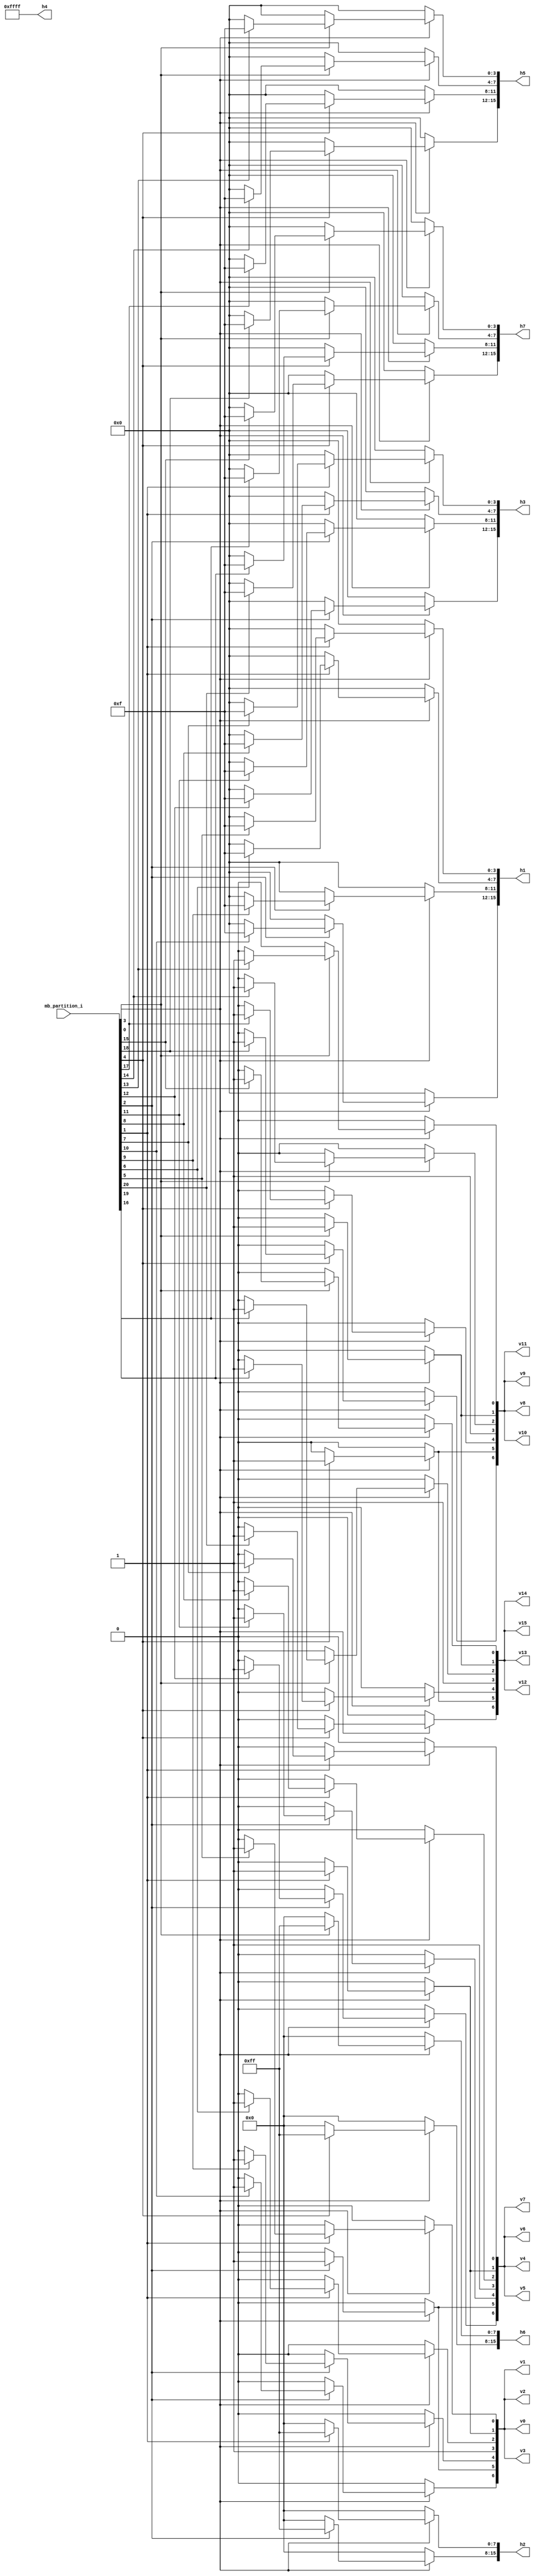
//----------------------------------------------------------------------------
//                                                                 
//  COPYRIGHT (C) 2011, VIPcore Group, Fudan University
//                                                                  
//  THIS FILE MAY NOT BE MODIFIED OR REDISTRIBUTED WITHOUT THE      
//  EXPRESSED WRITTEN CONSENT OF VIPcore Group
//                                                                  
//  VIPcore       : http://soc.fudan.edu.cn/vip    
//  IP Owner 	  : Yibo FAN
//  Contact       : fanyibo@fudan.edu.cn             
//----------------------------------------------------------------------------
// Description    : cacl the tu edge of the luma lcu,because tu is sqare 
//----------------------------------------------------------------------------
module db_tu_edge(
				mb_partition_i,
				v0,v1,v2 ,v3 ,v4 ,v5 ,v6 ,v7 ,
				v8,v9,v10,v11,v12,v13,v14,v15,
				
				h1,h2,h3,h4,h5,h6,h7
);
// ********************************************
//                                             
//    INPUT / OUTPUT DECLARATION               
//                                             
// ********************************************
input 	[20:0]		mb_partition_i				 ;// CU partition mode,0:not split , 1:split

output  [6:0]       v0,v1,v2 ,v3 ,v4 ,v5 ,v6 ,v7 ;
output  [6:0]		v8,v9,v10,v11,v12,v13,v14,v15;

output  [15:0]      h1,h2,h3,h4,h5,h6,h7		 ;
				   
reg     [6:0]       v0,v1,v2 ,v3 ,v4 ,v5 ,v6 ,v7 ;
reg     [6:0]		v8,v9,v10,v11,v12,v13,v14,v15;

reg     [15:0]      h1,h2,h3,h4,h5,h6,h7		 ;

//8x8 tu edge :v1 v3 v5 v7 h1 h3 h5 h7
//[3:0]
always @* begin		
	if(!mb_partition_i[0])	begin		//64x64		
		v0[0]		=	1'b0	;
	    v1[0]		=	1'b0	;
		v2[0]		=	1'b0	;
		v3[0]		=	1'b0	;
	end
    else if(!mb_partition_i[1])	begin  	//32x32		
		v0[0]		=	1'b0	;
	    v1[0]		=	1'b0	;
		v2[0]		=	1'b0	;
		v3[0]		=	1'b0	;
	end
    else if(!mb_partition_i[5]) begin	//16x16
		v0[0]		=	1'b0	;
	    v1[0]		=	1'b0	;
		v2[0]		=	1'b0	;
		v3[0]		=	1'b0	;
	end
	else  					    begin	 //8x8	
		v0[0]		=	1'b1	;
	    v1[0]		=	1'b1	;
		v2[0]		=	1'b1	;
		v3[0]		=	1'b1	;
    end		
end									

always @* begin		
	if(!mb_partition_i[0])	begin		//64x64		
		v0[2]		=	1'b0	;
	    v1[2]		=	1'b0	;
		v2[2]		=	1'b0	;
		v3[2]		=	1'b0	;
	end
    else if(!mb_partition_i[1])	begin  	//32x32		
		v0[2]		=	1'b0	;
	    v1[2]		=	1'b0	;
		v2[2]		=	1'b0	;
		v3[2]		=	1'b0	;
	end
    else if(!mb_partition_i[6]) begin	//16x16
		v0[2]		=	1'b0	;
	    v1[2]		=	1'b0	;
		v2[2]		=	1'b0	;
		v3[2]		=	1'b0	;
	end
	else  					    begin	 //8x8	
		v0[2]		=	1'b1	;
	    v1[2]		=	1'b1	;
		v2[2]		=	1'b1	;
		v3[2]		=	1'b1	;
    end		
end			
			
always @* begin		
	if(!mb_partition_i[0])	begin		//64x64		
		v0[4]		=	1'b0	;
	    v1[4]		=	1'b0	;
		v2[4]		=	1'b0	;
		v3[4]		=	1'b0	;
	end
    else if(!mb_partition_i[2])	begin  	//32x32		
		v0[4]		=	1'b0	;
	    v1[4]		=	1'b0	;
		v2[4]		=	1'b0	;
		v3[4]		=	1'b0	;
	end
    else if(!mb_partition_i[9]) begin	//16x16
		v0[4]		=	1'b0	;
	    v1[4]		=	1'b0	;
		v2[4]		=	1'b0	;
		v3[4]		=	1'b0	;
	end
	else  					    begin	 //8x8	
		v0[4]		=	1'b1	;
	    v1[4]		=	1'b1	;
		v2[4]		=	1'b1	;
		v3[4]		=	1'b1	;
    end		
end				
		
always @* begin		
	if(!mb_partition_i[0])	begin		//64x64		
		v0[6]		=	1'b0	;
	    v1[6]		=	1'b0	;
		v2[6]		=	1'b0	;
		v3[6]		=	1'b0	;
	end
    else if(!mb_partition_i[2])	begin  	//32x32		
		v0[6]		=	1'b0	;
	    v1[6]		=	1'b0	;
		v2[6]		=	1'b0	;
		v3[6]		=	1'b0	;
	end
    else if(!mb_partition_i[10]) begin	//16x16
		v0[6]		=	1'b0	;
	    v1[6]		=	1'b0	;
		v2[6]		=	1'b0	;
		v3[6]		=	1'b0	;
	end
	else  					    begin	 //8x8	
		v0[6]		=	1'b1	;
	    v1[6]		=	1'b1	;
		v2[6]		=	1'b1	;
		v3[6]		=	1'b1	;
    end		
end				
//[7:4]
always @* begin		
	if(!mb_partition_i[0])	begin		//64x64		
		v4[0]		=	1'b0	;
	    v5[0]		=	1'b0	;
		v6[0]		=	1'b0	;
		v7[0]		=	1'b0	;
	end
    else if(!mb_partition_i[1])	begin  	//32x32		
		v4[0]		=	1'b0	;
	    v5[0]		=	1'b0	;
		v6[0]		=	1'b0	;
		v7[0]		=	1'b0	;
	end
    else if(!mb_partition_i[7]) begin	//16x16
		v4[0]		=	1'b0	;
	    v5[0]		=	1'b0	;
		v6[0]		=	1'b0	;
		v7[0]		=	1'b0	;
	end
	else  					    begin	 //8x8	
		v4[0]		=	1'b1	;
	    v5[0]		=	1'b1	;
		v6[0]		=	1'b1	;
		v7[0]		=	1'b1	;
    end		
end									

always @* begin		
	if(!mb_partition_i[0])	begin		//64x64		
		v4[2]		=	1'b0	;
	    v5[2]		=	1'b0	;
		v6[2]		=	1'b0	;
		v7[2]		=	1'b0	;
	end
    else if(!mb_partition_i[1])	begin  	//32x32		
		v4[2]		=	1'b0	;
	    v5[2]		=	1'b0	;
		v6[2]		=	1'b0	;
		v7[2]		=	1'b0	;
	end
    else if(!mb_partition_i[8]) begin	//16x16
		v4[2]		=	1'b0	;
	    v5[2]		=	1'b0	;
		v6[2]		=	1'b0	;
		v7[2]		=	1'b0	;
	end
	else  					    begin	 //8x8	
		v4[2]		=	1'b1	;
	    v5[2]		=	1'b1	;
		v6[2]		=	1'b1	;
		v7[2]		=	1'b1	;
    end		
end			
			
always @* begin		
	if(!mb_partition_i[0])	begin		//64x64		
		v4[4]		=	1'b0	;
	    v5[4]		=	1'b0	;
		v6[4]		=	1'b0	;
		v7[4]		=	1'b0	;
	end
    else if(!mb_partition_i[2])	begin  	//32x32		
		v4[4]		=	1'b0	;
	    v5[4]		=	1'b0	;
		v6[4]		=	1'b0	;
		v7[4]		=	1'b0	;
	end
    else if(!mb_partition_i[11]) begin	//16x16
		v4[4]		=	1'b0	;
	    v5[4]		=	1'b0	;
		v6[4]		=	1'b0	;
		v7[4]		=	1'b0	;
	end
	else  					    begin	 //8x8	
		v4[4]		=	1'b1	;
	    v5[4]		=	1'b1	;
		v6[4]		=	1'b1	;
		v7[4]		=	1'b1	;
    end		
end				
		
always @* begin		
	if(!mb_partition_i[0])	begin		//64x64		
		v4[6]		=	1'b0	;
	    v5[6]		=	1'b0	;
		v6[6]		=	1'b0	;
		v7[6]		=	1'b0	;
	end
    else if(!mb_partition_i[2])	begin  	//32x32		
		v4[6]		=	1'b0	;
	    v5[6]		=	1'b0	;
		v6[6]		=	1'b0	;
		v7[6]		=	1'b0	;
	end
    else if(!mb_partition_i[12]) begin	//16x16
		v4[6]		=	1'b0	;
	    v5[6]		=	1'b0	;
		v6[6]		=	1'b0	;
		v7[6]		=	1'b0	;
	end
	else  					    begin	 //8x8	
		v4[6]		=	1'b1	;
	    v5[6]		=	1'b1	;
		v6[6]		=	1'b1	;
		v7[6]		=	1'b1	;
    end		
end						
//[11:8]			
always @* begin		
	if(!mb_partition_i[0])	begin		//64x64		
		v8[0]		=	1'b0	;
	    v9[0]		=	1'b0	;
		v10[0]		=	1'b0	;
		v11[0]		=	1'b0	;
	end
    else if(!mb_partition_i[3])	begin  	//32x32		
		v8[0]		=	1'b0	;
	    v9[0]		=	1'b0	;
		v10[0]		=	1'b0	;
		v11[0]		=	1'b0	;
	end
    else if(!mb_partition_i[13]) begin	//16x16
		v8[0]		=	1'b0	;
	    v9[0]		=	1'b0	;
		v10[0]		=	1'b0	;
		v11[0]		=	1'b0	;
	end
	else  					    begin	 //8x8	
		v8[0]		=	1'b1	;
	    v9[0]		=	1'b1	;
		v10[0]		=	1'b1	;
		v11[0]		=	1'b1	;
    end		
end									

always @* begin		
	if(!mb_partition_i[0])	begin		//64x64		
		v8[2]		=	1'b0	;
	    v9[2]		=	1'b0	;
		v10[2]		=	1'b0	;
		v11[2]		=	1'b0	;
	end
    else if(!mb_partition_i[3])	begin  	//32x32		
		v8[2]		=	1'b0	;
	    v9[2]		=	1'b0	;
		v10[2]		=	1'b0	;
		v11[2]		=	1'b0	;
	end
    else if(!mb_partition_i[14]) begin	//16x16
		v8[2]		=	1'b0	;
	    v9[2]		=	1'b0	;
		v10[2]		=	1'b0	;
		v11[2]		=	1'b0	;
	end
	else  					    begin	 //8x8	
		v8[2]		=	1'b1	;
	    v9[2]		=	1'b1	;
		v10[2]		=	1'b1	;
		v11[2]		=	1'b1	;
    end		
end			
			
always @* begin		
	if(!mb_partition_i[0])	begin		//64x64		
		v8[4]		=	1'b0	;
	    v9[4]		=	1'b0	;
		v10[4]		=	1'b0	;
		v11[4]		=	1'b0	;
	end
    else if(!mb_partition_i[4])	begin  	//32x32		
		v8[4]		=	1'b0	;
	    v9[4]		=	1'b0	;
		v10[4]		=	1'b0	;
		v11[4]		=	1'b0	;
	end
    else if(!mb_partition_i[17]) begin	//16x16
		v8[4]		=	1'b0	;
	    v9[4]		=	1'b0	;
		v10[4]		=	1'b0	;
		v11[4]		=	1'b0	;
	end
	else  					    begin	 //8x8	
		v8[4]		=	1'b1	;
	    v9[4]		=	1'b1	;
		v10[4]		=	1'b1	;
		v11[4]		=	1'b1	;
    end		
end				
		
always @* begin		
	if(!mb_partition_i[0])	begin		//64x64		
		v8[6]		=	1'b0	;
	    v9[6]		=	1'b0	;
		v10[6]		=	1'b0	;
		v11[6]		=	1'b0	;
	end
    else if(!mb_partition_i[4])	begin  	//32x32		
		v8[6]		=	1'b0	;
	    v9[6]		=	1'b0	;
		v10[6]		=	1'b0	;
		v11[6]		=	1'b0	;
	end
    else if(!mb_partition_i[18]) begin	//16x16
		v8[6]		=	1'b0	;
	    v9[6]		=	1'b0	;
		v10[6]		=	1'b0	;
		v11[6]		=	1'b0	;
	end
	else  					    begin	 //8x8	
		v8[6]		=	1'b1	;
	    v9[6]		=	1'b1	;
		v10[6]		=	1'b1	;
		v11[6]		=	1'b1	;
    end		
end		
//[15:12]			
always @* begin		
	if(!mb_partition_i[0])	begin		//64x64		
		v12[0]		=	1'b0	;
	    v13[0]		=	1'b0	;
		v14[0]		=	1'b0	;
		v15[0]		=	1'b0	;
	end
    else if(!mb_partition_i[3])	begin  	//32x32		
		v12[0]		=	1'b0	;
	    v13[0]		=	1'b0	;
		v14[0]		=	1'b0	;
		v15[0]		=	1'b0	;
	end
    else if(!mb_partition_i[15]) begin	//16x16
		v12[0]		=	1'b0	;
	    v13[0]		=	1'b0	;
		v14[0]		=	1'b0	;
		v15[0]		=	1'b0	;
	end
	else  					    begin	 //8x8	
		v12[0]		=	1'b1	;
	    v13[0]		=	1'b1	;
		v14[0]		=	1'b1	;
		v15[0]		=	1'b1	;
    end		
end									

always @* begin		
	if(!mb_partition_i[0])	begin		//64x64		
		v12[2]		=	1'b0	;
	    v13[2]		=	1'b0	;
		v14[2]		=	1'b0	;
		v15[2]		=	1'b0	;
	end
    else if(!mb_partition_i[3])	begin  	//32x32		
		v12[2]		=	1'b0	;
	    v13[2]		=	1'b0	;
		v14[2]		=	1'b0	;
		v15[2]		=	1'b0	;
	end
    else if(!mb_partition_i[16]) begin	//16x16
		v12[2]		=	1'b0	;
	    v13[2]		=	1'b0	;
		v14[2]		=	1'b0	;
		v15[2]		=	1'b0	;
	end
	else  					    begin	 //8x8	
		v12[2]		=	1'b1	;
	    v13[2]		=	1'b1	;
		v14[2]		=	1'b1	;
		v15[2]		=	1'b1	;
    end		
end			
			
always @* begin		
	if(!mb_partition_i[0])	begin		//64x64		
		v12[4]		=	1'b0	;
	    v13[4]		=	1'b0	;
		v14[4]		=	1'b0	;
		v15[4]		=	1'b0	;
	end
    else if(!mb_partition_i[4])	begin  	//32x32		
		v12[4]		=	1'b0	;
	    v13[4]		=	1'b0	;
		v14[4]		=	1'b0	;
		v15[4]		=	1'b0	;
	end
    else if(!mb_partition_i[19]) begin	//16x16
		v12[4]		=	1'b0	;
	    v13[4]		=	1'b0	;
		v14[4]		=	1'b0	;
		v15[4]		=	1'b0	;
	end
	else  					    begin	 //8x8	
		v12[4]		=	1'b1	;
	    v13[4]		=	1'b1	;
		v14[4]		=	1'b1	;
		v15[4]		=	1'b1	;
    end		
end				
		
always @* begin		
	if(!mb_partition_i[0])	begin		//64x64		
		v12[6]		=	1'b0	;
	    v13[6]		=	1'b0	;
		v14[6]		=	1'b0	;
		v15[6]		=	1'b0	;
	end
    else if(!mb_partition_i[4])	begin  	//32x32		
		v12[6]		=	1'b0	;
	    v13[6]		=	1'b0	;
		v14[6]		=	1'b0	;
		v15[6]		=	1'b0	;
	end
    else if(!mb_partition_i[20]) begin	//16x16
		v12[6]		=	1'b0	;
	    v13[6]		=	1'b0	;
		v14[6]		=	1'b0	;
		v15[6]		=	1'b0	;
	end
	else  					    begin	 //8x8	
		v12[6]		=	1'b1	;
	    v13[6]		=	1'b1	;
		v14[6]		=	1'b1	;
		v15[6]		=	1'b1	;
    end		
end				
//16x16 tu edge:v2 v6 h2 h6
//[7:0]
always @* begin
	if(!mb_partition_i[0])	  begin		//64x64
		v0[1]		=	1'b0	;
	    v1[1]		=	1'b0	;
		v2[1]		=	1'b0	;
		v3[1]		=	1'b0	;
		v4[1]		=	1'b0	;
	    v5[1]		=	1'b0	;
		v6[1]		=	1'b0	;
		v7[1]		=	1'b0	;
	end
	else if(!mb_partition_i[1])	begin	//32x32
		v0[1]		=	1'b0	;
		v1[1]		=	1'b0	;
		v2[1]		=	1'b0	;
		v3[1]		=	1'b0	;
		v4[1]		=	1'b0	;
		v5[1]		=	1'b0	;
		v6[1]		=	1'b0	;
		v7[1]		=	1'b0	;
	end		
	else 						begin 	//16x16
		v0[1]		=	1'b1	;
		v1[1]		=	1'b1	;
		v2[1]		=	1'b1	;
		v3[1]		=	1'b1	;
		v4[1]		=	1'b1	;
		v5[1]		=	1'b1	;
		v6[1]		=	1'b1	;
		v7[1]		=	1'b1	;	
	end
end

always @* begin
	if(!mb_partition_i[0])	  begin		//64x64
		v0[5]		=	1'b0	;
	    v1[5]		=	1'b0	;
		v2[5]		=	1'b0	;
		v3[5]		=	1'b0	;
		v4[5]		=	1'b0	;
	    v5[5]		=	1'b0	;
		v6[5]		=	1'b0	;
		v7[5]		=	1'b0	;
	end
	else if(!mb_partition_i[2])	begin	//32x32
		v0[5]		=	1'b0	;
		v1[5]		=	1'b0	;
		v2[5]		=	1'b0	;
		v3[5]		=	1'b0	;
		v4[5]		=	1'b0	;
		v5[5]		=	1'b0	;
		v6[5]		=	1'b0	;
		v7[5]		=	1'b0	;
	end		
	else 						begin 	//16x16
		v0[5]		=	1'b1	;
		v1[5]		=	1'b1	;
		v2[5]		=	1'b1	;
		v3[5]		=	1'b1	;
		v4[5]		=	1'b1	;
		v5[5]		=	1'b1	;
		v6[5]		=	1'b1	;
		v7[5]		=	1'b1	;	
	end
end
//[15:8]
always @* begin
	if(!mb_partition_i[0])	  begin		//64x64
		v8 [1]		=	1'b0	;
	    v9 [1]		=	1'b0	;
		v10[1]		=	1'b0	;
		v11[1]		=	1'b0	;
		v12[1]		=	1'b0	;
	    v13[1]		=	1'b0	;
		v14[1]		=	1'b0	;
		v15[1]		=	1'b0	;
	end
	else if(!mb_partition_i[3])	begin	//32x32
		v8 [1]		=	1'b0	;
		v9 [1]		=	1'b0	;
		v10[1]		=	1'b0	;
		v11[1]		=	1'b0	;
		v12[1]		=	1'b0	;
		v13[1]		=	1'b0	;
		v14[1]		=	1'b0	;
		v15[1]		=	1'b0	;
	end		
	else 						begin 	//16x16
		v8 [1]		=	1'b1	;
		v9 [1]		=	1'b1	;
		v10[1]		=	1'b1	;
		v11[1]		=	1'b1	;
		v12[1]		=	1'b1	;
		v13[1]		=	1'b1	;
		v14[1]		=	1'b1	;
		v15[1]		=	1'b1	;	
	end
end

always @* begin
	if(!mb_partition_i[0])	  begin		//64x64
		v8 [5]		=	1'b0	;
	    v9 [5]		=	1'b0	;
		v10[5]		=	1'b0	;
		v11[5]		=	1'b0	;
		v12[5]		=	1'b0	;
	    v13[5]		=	1'b0	;
		v14[5]		=	1'b0	;
		v15[5]		=	1'b0	;
	end
	else if(!mb_partition_i[4])	begin	//32x32
		v8 [5]		=	1'b0	;
		v9 [5]		=	1'b0	;
		v10[5]		=	1'b0	;
		v11[5]		=	1'b0	;
		v12[5]		=	1'b0	;
		v13[5]		=	1'b0	;
		v14[5]		=	1'b0	;
		v15[5]		=	1'b0	;
	end		
	else 						begin 	//16x16
		v8 [5]		=	1'b1	;
		v9 [5]		=	1'b1	;
		v10[5]		=	1'b1	;
		v11[5]		=	1'b1	;
		v12[5]		=	1'b1	;
		v13[5]		=	1'b1	;
		v14[5]		=	1'b1	;
		v15[5]		=	1'b1	;	
	end
end
//32x32 tu edge v4 h4
always @* begin
	if(!mb_partition_i[0])	    begin	//64x64
		v0 [3]		=	1'b1	;
		v1 [3]		=	1'b1	;
		v2 [3]		=	1'b1	;
		v3 [3]		=	1'b1	;
		v4 [3]		=	1'b1	;
		v5 [3]		=	1'b1	;
		v6 [3]		=	1'b1	;
		v7 [3]		=	1'b1	;	
		v8 [3]		=	1'b1	;
		v9 [3]		=	1'b1	;
		v10[3]		=	1'b1	;
		v11[3]		=	1'b1	;
		v12[3]		=	1'b1	;
		v13[3]		=	1'b1	;
		v14[3]		=	1'b1	;
		v15[3]		=	1'b1	;	
    end		
	else 						begin	//32x32
		v0 [3]		=	1'b1	;
		v1 [3]		=	1'b1	;
		v2 [3]		=	1'b1	;
		v3 [3]		=	1'b1	;
		v4 [3]		=	1'b1	;
		v5 [3]		=	1'b1	;
		v6 [3]		=	1'b1	;
		v7 [3]		=	1'b1	;	
		v8 [3]		=	1'b1	;
		v9 [3]		=	1'b1	;
		v10[3]		=	1'b1	;
		v11[3]		=	1'b1	;
		v12[3]		=	1'b1	;
		v13[3]		=	1'b1	;
		v14[3]		=	1'b1	;
		v15[3]		=	1'b1	;
	end
end

//8x8   tu edge h1 h3 h5 h7
//h1
always @* begin
	if(!mb_partition_i[0]) 			//64x64
		h1[3:0]		=	4'h0	;
	else if(!mb_partition_i[1])     //32x32
		h1[3:0]		=	4'h0	;
	else if(!mb_partition_i[5])		//16x16
		h1[3:0]		=	4'h0	;
	else 
		h1[3:0]		=	4'hf	;
end

always @* begin
	if(!mb_partition_i[0]) 			//64x64
		h1[7:4]		=	4'h0	;
	else if(!mb_partition_i[1])     //32x32
		h1[7:4]		=	4'h0	;
	else if(!mb_partition_i[6])		//16x16
		h1[7:4]		=	4'h0	;
	else 
		h1[7:4]		=	4'hf	;
end

always @* begin
	if(!mb_partition_i[0]) 			//64x64
		h1[11:8]		=	4'h0	;
	else if(!mb_partition_i[2])     //32x32
		h1[11:8]		=	4'h0	;
	else if(!mb_partition_i[9])		//16x16
		h1[11:8]		=	4'h0	;
	else 
		h1[11:8]		=	4'hf	;
end

always @* begin
	if(!mb_partition_i[0]) 			//64x64
		h1[15:12]		=	4'h0	;
	else if(!mb_partition_i[2])     //32x32
		h1[15:12]		=	4'h0	;
	else if(!mb_partition_i[10])	//16x16
		h1[15:12]		=	4'h0	;
	else 
		h1[15:12]		=	4'hf	;
end

//h3
always @* begin
	if(!mb_partition_i[0]) 			//64x64
		h3[3:0]		=	4'h0	;
	else if(!mb_partition_i[1])     //32x32
		h3[3:0]		=	4'h0	;
	else if(!mb_partition_i[7])		//16x16
		h3[3:0]		=	4'h0	;
	else 
		h3[3:0]		=	4'hf	;
end

always @* begin
	if(!mb_partition_i[0]) 			//64x64
		h3[7:4]		=	4'h0	;
	else if(!mb_partition_i[1])     //32x32
		h3[7:4]		=	4'h0	;
	else if(!mb_partition_i[8])		//16x16
		h3[7:4]		=	4'h0	;
	else 
		h3[7:4]		=	4'hf	;
end

always @* begin
	if(!mb_partition_i[0]) 			//64x64
		h3[11:8]		=	4'h0	;
	else if(!mb_partition_i[2])     //32x32
		h3[11:8]		=	4'h0	;
	else if(!mb_partition_i[11])	//16x16
		h3[11:8]		=	4'h0	;
	else 
		h3[11:8]		=	4'hf	;
end

always @* begin
	if(!mb_partition_i[0]) 			//64x64
		h3[15:12]		=	4'h0	;
	else if(!mb_partition_i[2])     //32x32
		h3[15:12]		=	4'h0	;
	else if(!mb_partition_i[12])	//16x16
		h3[15:12]		=	4'h0	;
	else 
		h3[15:12]		=	4'hf	;
end

//h5
always @* begin
	if(!mb_partition_i[0]) 			//64x64
		h5[3:0]		=	4'h0	;
	else if(!mb_partition_i[3])     //32x32
		h5[3:0]		=	4'h0	;
	else if(!mb_partition_i[13])	//16x16
		h5[3:0]		=	4'h0	;
	else 
		h5[3:0]		=	4'hf	;
end

always @* begin
	if(!mb_partition_i[0]) 			//64x64
		h5[7:4]		=	4'h0	;
	else if(!mb_partition_i[3])     //32x32
		h5[7:4]		=	4'h0	;
	else if(!mb_partition_i[14])	//16x16
		h5[7:4]		=	4'h0	;
	else 
		h5[7:4]		=	4'hf	;
end

always @* begin
	if(!mb_partition_i[0]) 			//64x64
		h5[11:8]		=	4'h0	;
	else if(!mb_partition_i[4])     //32x32
		h5[11:8]		=	4'h0	;
	else if(!mb_partition_i[17])	//16x16
		h5[11:8]		=	4'h0	;
	else 
		h5[11:8]		=	4'hf	;
end

always @* begin
	if(!mb_partition_i[0]) 			//64x64
		h5[15:12]		=	4'h0	;
	else if(!mb_partition_i[4])     //32x32
		h5[15:12]		=	4'h0	;
	else if(!mb_partition_i[18])	//16x16
		h5[15:12]		=	4'h0	;
	else 
		h5[15:12]		=	4'hf	;
end

//h7
always @* begin
	if(!mb_partition_i[0]) 			//64x64
		h7[3:0]		=	4'h0	;
	else if(!mb_partition_i[3])     //32x32
		h7[3:0]		=	4'h0	;
	else if(!mb_partition_i[15])	//16x16
		h7[3:0]		=	4'h0	;
	else 
		h7[3:0]		=	4'hf	;
end

always @* begin
	if(!mb_partition_i[0]) 			//64x64
		h7[7:4]		=	4'h0	;
	else if(!mb_partition_i[3])     //32x32
		h7[7:4]		=	4'h0	;
	else if(!mb_partition_i[16])	//16x16
		h7[7:4]		=	4'h0	;
	else 
		h7[7:4]		=	4'hf	;
end

always @* begin
	if(!mb_partition_i[0]) 			//64x64
		h7[11:8]		=	4'h0	;
	else if(!mb_partition_i[4])     //32x32
		h7[11:8]		=	4'h0	;
	else if(!mb_partition_i[19])	//16x16
		h7[11:8]		=	4'h0	;
	else 
		h7[11:8]		=	4'hf	;
end

always @* begin
	if(!mb_partition_i[0]) 			//64x64
		h7[15:12]		=	4'h0	;
	else if(!mb_partition_i[4])     //32x32
		h7[15:12]		=	4'h0	;
	else if(!mb_partition_i[20])	//16x16
		h7[15:12]		=	4'h0	;
	else 
		h7[15:12]		=	4'hf	;
end
//16x16 tu edge h2 h6
//h2
always @* begin
	if(!mb_partition_i[0]) 			//64x64
		h2[7:0]	    	=	8'h0	;
	else if(!mb_partition_i[1])     //32x32
		h2[7:0]			=	8'h0	;
	else 
		h2[7:0]	     	=	8'hff	;
end

always @* begin
	if(!mb_partition_i[0]) 			//64x64
		h2[15:8]	    =	8'h0	;
	else if(!mb_partition_i[2])     //32x32
		h2[15:8]		=	8'h0	;
	else 
		h2[15:8]     	=	8'hff	;
end

//h6
always @* begin
	if(!mb_partition_i[0]) 			//64x64
		h6[7:0]	    	=	8'h0	;
	else if(!mb_partition_i[3])     //32x32
		h6[7:0]			=	8'h0	;
	else 
		h6[7:0]	     	=	8'hff	;
end

always @* begin
	if(!mb_partition_i[0]) 			//64x64
		h6[15:8]	    =	8'h0	;
	else if(!mb_partition_i[4])     //32x32
		h6[15:8]		=	8'h0	;
	else 
		h6[15:8]     	=	8'hff	;
end
//32x32 tu edge h4
//h4
always @* begin
	if(!mb_partition_i[0]) 			//64x64
		h4[15:0]	    =	16'hffff;
	else 
		h4[15:0]	    =	16'hffff;
    end

endmodule